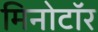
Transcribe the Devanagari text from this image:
मिनोटॉर